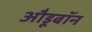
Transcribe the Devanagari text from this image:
औडूबॉन